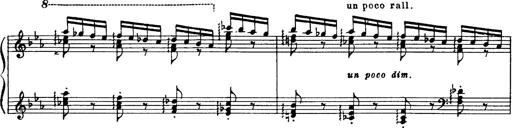
Title: Danza sacra e duetto finale dâ€™Aida
Composer: Franz Liszt